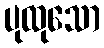
ပုထုသော